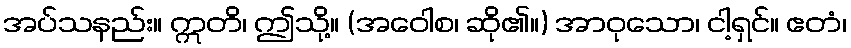
အပ်သနည်း။ ဣတိ၊ ဤသို့။ (အဝေါစ၊ ဆို၏။) အာဝုသော၊ ငါ့ရှင်။ ဧတံ၊